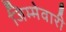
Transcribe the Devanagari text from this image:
जिम्‍मेवारी